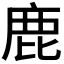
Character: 鹿